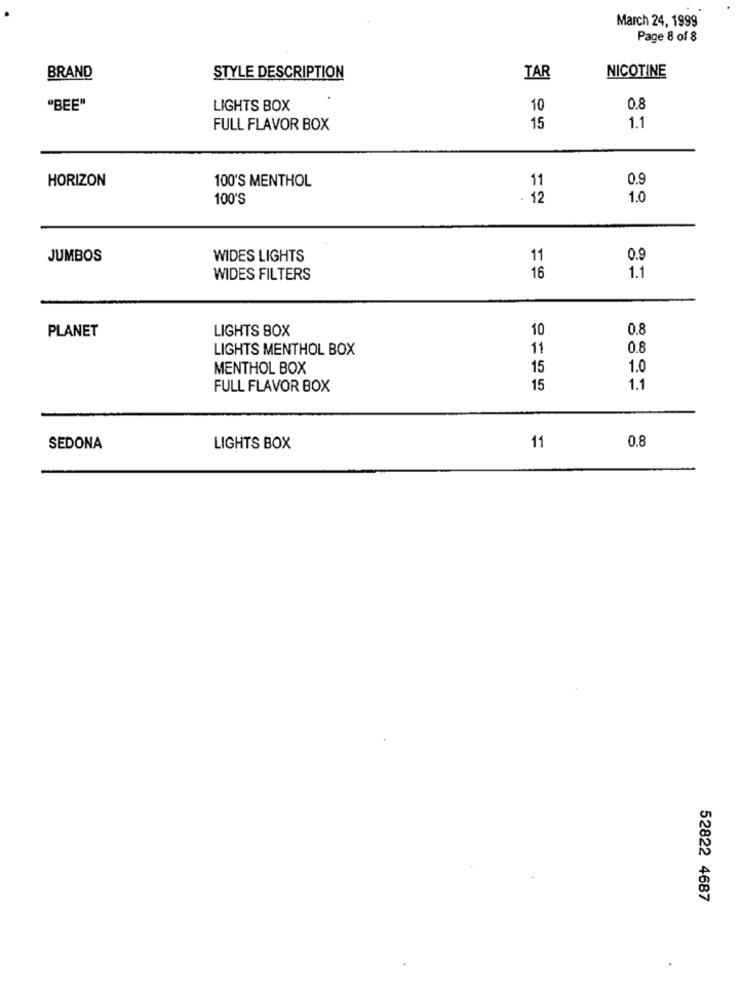
March 24, 1999
Page 8 of 8
NICOTINE
BRAND
STYLE DESCRIPTION
TAR
"BEE"
LIGHTS BOX
10
0.8
FULL FLAVOR BOX
15
1.1
HORIZON
100'S MENTHOL
11
0.9
100'S
- 12
1.0
JUMBOS
WIDES LIGHTS
11
0.9
1.1
WIDES FILTERS
16
LIGHTS BOX
10
0.8
PLANET
LIGHTS MENTHOL BOX
11
0.8
MENTHOL BOX
15
1.0
FULL FLAVOR BOX
15
1.1
11
0.8
SEDONA
LIGHTS BOX
52822 4687